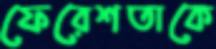
ফেরেশতাকে